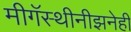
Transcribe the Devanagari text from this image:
मीगॅस्थीनीझनेही